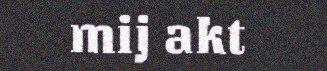
mij akt